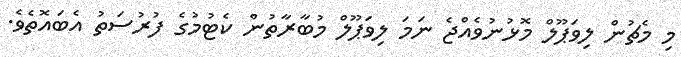
މި މެޗުން ލިވަޕޫލް މޮޅުނުވެއްޖެ ނަމަ ލިވަޕޫލް މުބާރާތުން ކެޓުމުގެ ފުރުސަތު އެބައޮތެވެ.